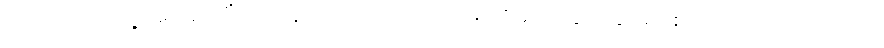
တော်ပါသေးရဲ့ အကြာကြီး အနေရခက်အောင် ပြည်မိုးငြိမ်းက ချက်ချင်းပဲ စကားပြောလိုက်သည်။